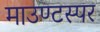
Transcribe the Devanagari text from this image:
माउण्टस्पर